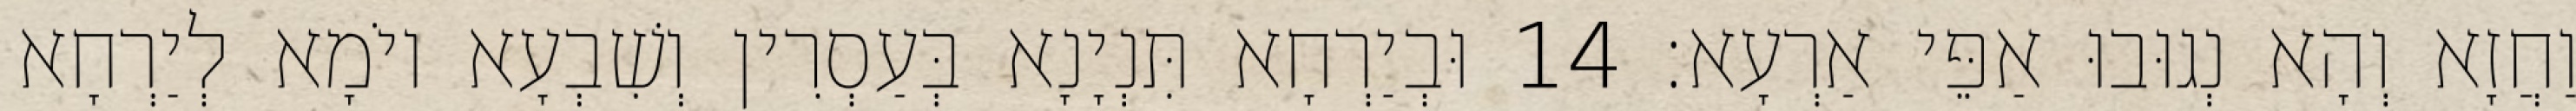
וַחֲזָא וְהָא נְגוּבוּ אַפֵּי אַרְעָא׃ 14 וּבְיַרְחָא תִּנְיָנָא בְּעַסְרִין וְשִׁבְעָא יוֹמָא לְיַרְחָא